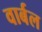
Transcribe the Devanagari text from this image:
वार्बल